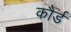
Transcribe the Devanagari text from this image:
कौर्ड